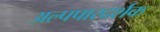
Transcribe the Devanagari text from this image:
अल्पपारदर्शक